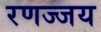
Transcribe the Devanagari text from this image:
रणज्जय